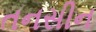
તનસીન